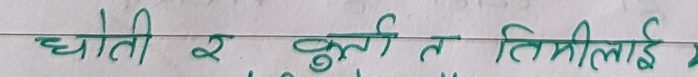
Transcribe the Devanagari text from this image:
धोती र कुर्ता त तिमीलाई